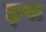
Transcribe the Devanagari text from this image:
छ्पा